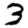
Digit: 3